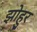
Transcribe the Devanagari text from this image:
झोहुर